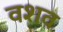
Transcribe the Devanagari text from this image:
वशव